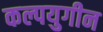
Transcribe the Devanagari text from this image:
कल्पयुगीन